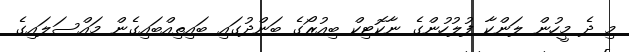
މި ދެ މީހުން ލަންކާ ފުލުހުންގެ ނާކޮޓިކް ބިއުރޯގެ ބަންދުގައި ބައިތިއްބައިގެން މައްސަލައިގެ